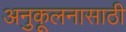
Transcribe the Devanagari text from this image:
अनुकूलनासाठी